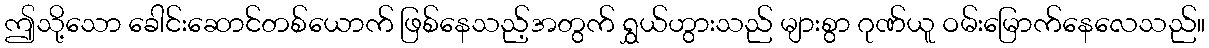
ဤသို့သော ခေါင်းဆောင်တစ်ယောက် ဖြစ်နေသည့်အတွက် ရွှယ်ဟွားသည် များစွာ ဂုဏ်ယူ ဝမ်းမြောက်နေလေသည်။